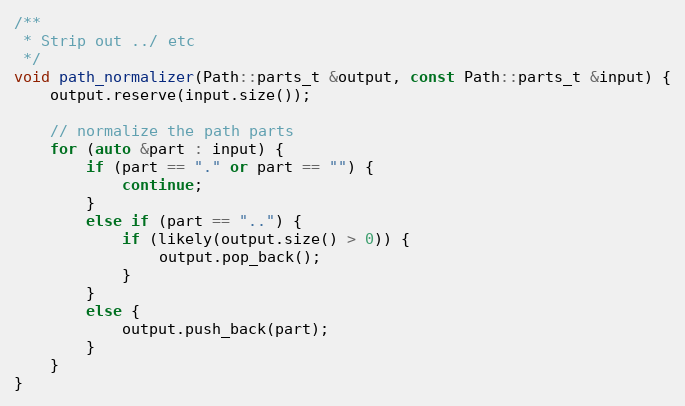
Language: C++
/**
 * Strip out ../ etc
 */
void path_normalizer(Path::parts_t &output, const Path::parts_t &input) {
	output.reserve(input.size());

	// normalize the path parts
	for (auto &part : input) {
		if (part == "." or part == "") {
			continue;
		}
		else if (part == "..") {
			if (likely(output.size() > 0)) {
				output.pop_back();
			}
		}
		else {
			output.push_back(part);
		}
	}
}